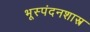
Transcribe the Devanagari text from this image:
भूस्पंदनशास्त्र